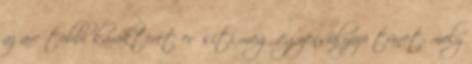
az arc többi karakterét erősíti meg, egyensúlyozó tünet, mely